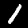
Digit: 1